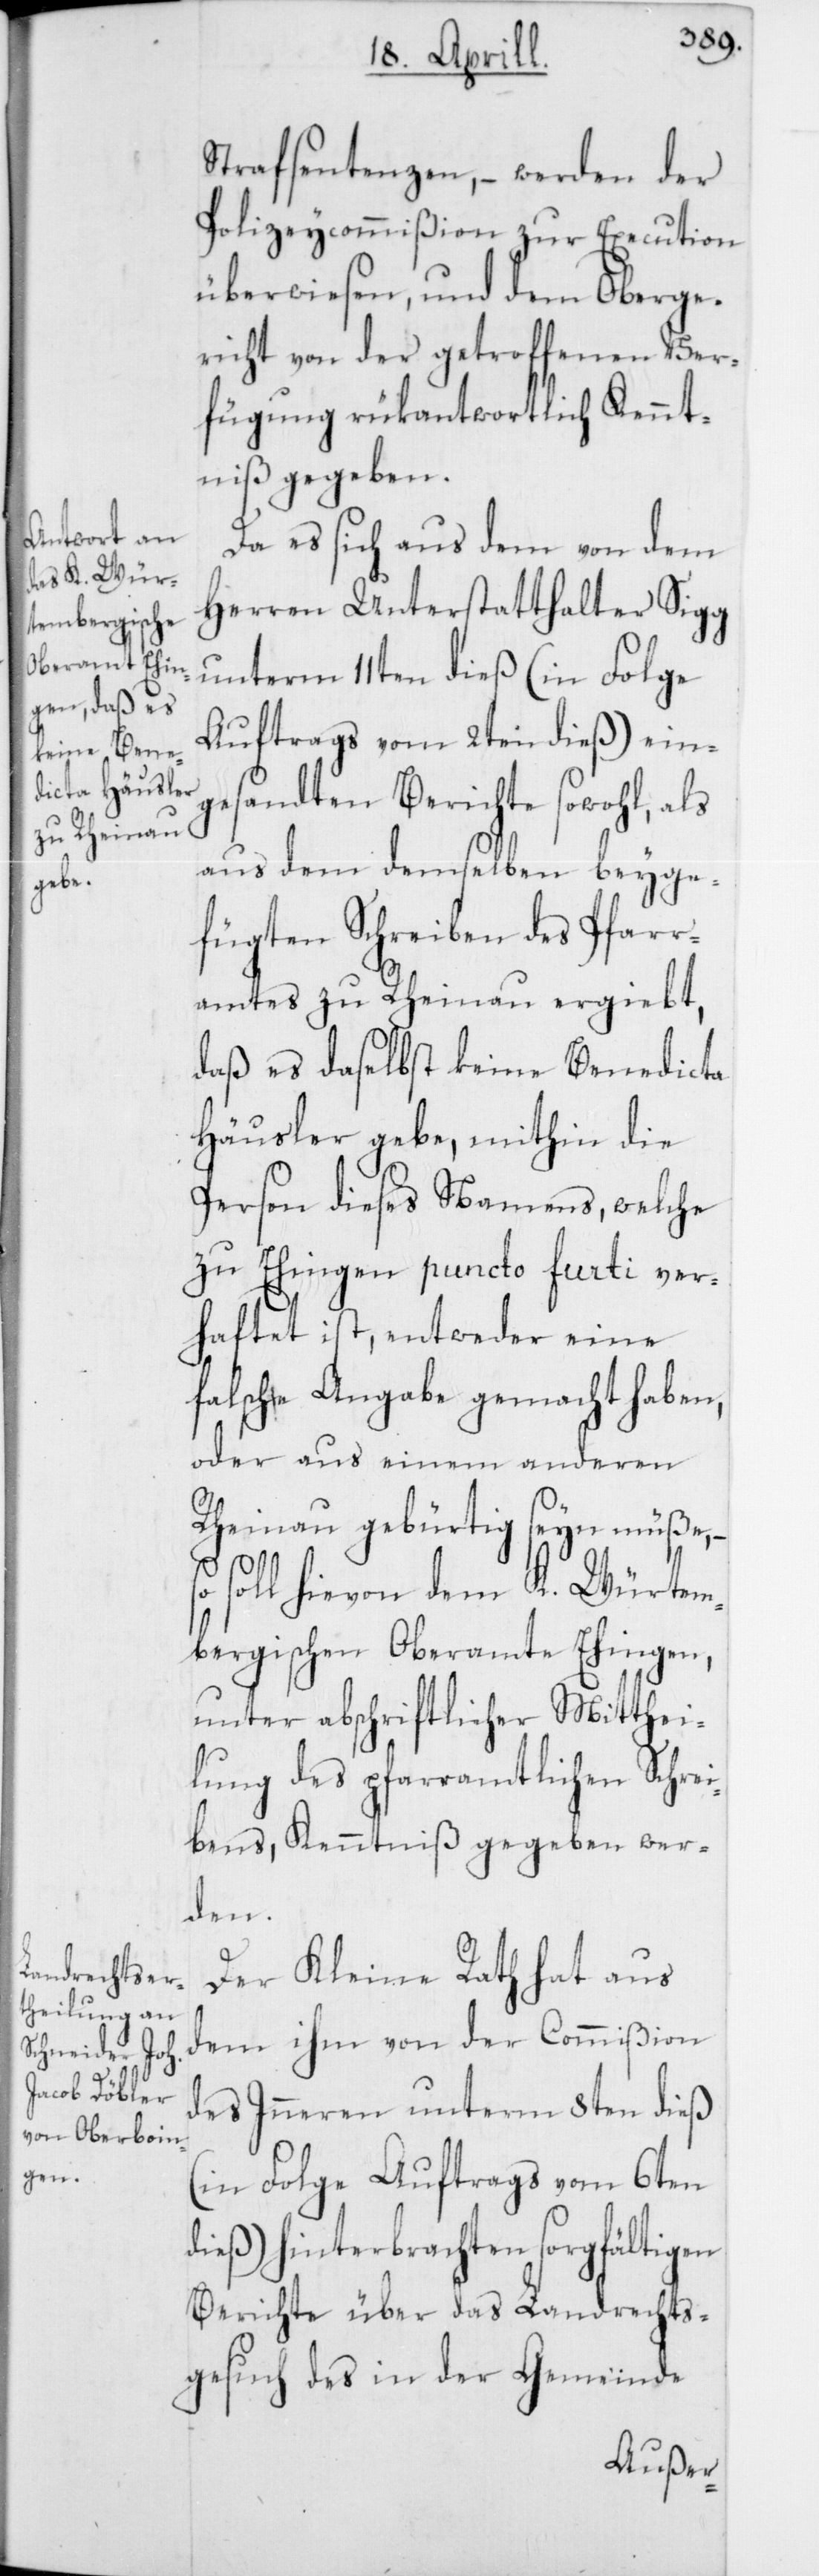
Strafsentenzen, – werden der
Polizeicommißion zur Execution
überwiesen, und dem Oberge¬
richt von der getroffenen Ver¬
fügung rükantwortlich Kennt¬
niß gegeben.
Da es sich aus dem von dem
Herren Unterstatthalter Sigg
unterm 11ten dieß (in Folge
Auftrags vom 2ten dieß) ein¬
gesandten Berichte sowohl, als
aus demselben beyge¬
fügten Schreiben des Pfarr¬
amtes zu Rheinau ergiebt,
daß es daselbst keine Benedicta
Häusler gebe, mithin die
Person dieses Namens, welche
zu Ehingen puncto furti ver¬
haftet ist, entweder eine
falsche Angabe gemacht haben,
oder aus einem anderen
Rheinau gebürtig seyn müße,
soll hievon dem K. Würtem¬
bergischen Oberamte Ehingen,
unter abschriftlicher Mitthei¬
lung des pfarramtlichen Schrei¬
bens, Kenntniß gegeben wer¬
den.
Der Kleine Rath hat aus
dem ihm von der Commißion
des Inneren unterm 8ten dieß
(in Folge Auftrags vom 6ten
dieß) hinterbrachten sorgfältigen
Berichte über das Landrechts¬
gesuch des in der Gemeinde